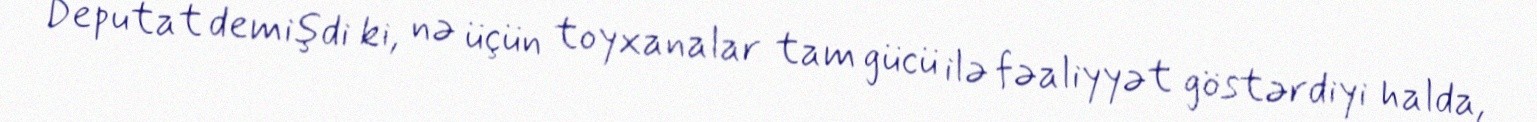
Deputat demişdi ki, nə üçün toyxanalar tam gücü ilə fəaliyyət göstərdiyi halda,